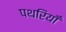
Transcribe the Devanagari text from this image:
पथरियाँ